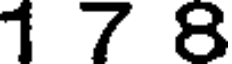
1 7 8